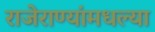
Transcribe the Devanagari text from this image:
राजेराण्यांमधल्या